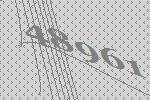
48961